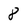
Character: 8